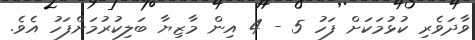
ވާދަވެރި ކުޅުމަކަށް ފަހު 5 - 4 އިން މާޒިޔާ ބަލިކުރުމަށްފަހު އެވެ.